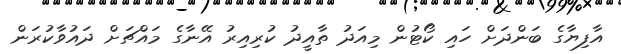
އާފިޔާގެ ބަންދަށް ހައި ކޯޓުން މިއަދު ތާއީދު ކުރިއިރު އޭނާގެ މައްޗަށް ދައުވާކުރަން